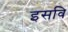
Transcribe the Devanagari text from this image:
इसवि